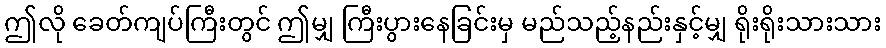
ဤလို ခေတ်ကျပ်ကြီးတွင် ဤမျှ ကြီးပွားနေခြင်းမှ မည်သည့်နည်းနှင့်မျှ ရိုးရိုးသားသား